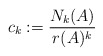
\begin{align*}c_k:=\frac{N_k(A)}{r(A)^k}\ \end{align*}